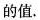
的值.